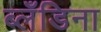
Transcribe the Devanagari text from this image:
ब्लँडिना